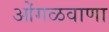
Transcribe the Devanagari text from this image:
ओंगळवाणा